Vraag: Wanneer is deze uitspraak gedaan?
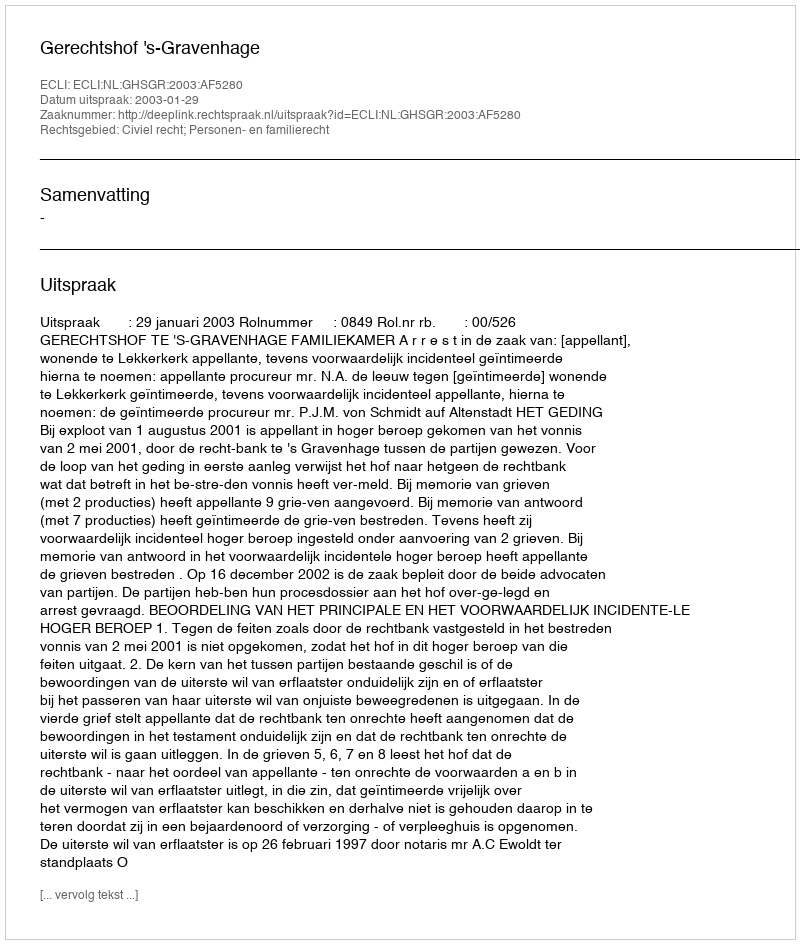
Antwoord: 2003-01-29